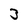
Character: 3